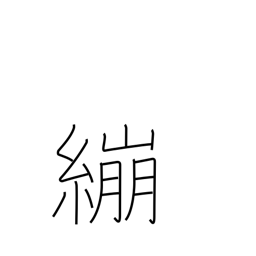
Meaning: wrap